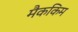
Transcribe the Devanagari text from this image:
मैककिम